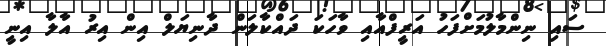
ސައި ނިންމާލުމަށްފަހު އަރީފްއާއި ވާހަކަ ދައްކާލަން ދާނިޔަލް އިން އިރު އާލާ އިނީ